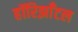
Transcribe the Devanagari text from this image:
हॉरिझाँटल